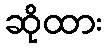
ဆိုထား